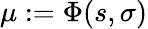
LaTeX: \mu:=\Phi(s,\sigma)